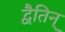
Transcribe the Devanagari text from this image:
द्वैतिन्